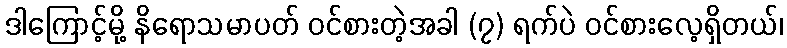
ဒါကြောင့်မို့ နိရောသမာပတ် ဝင်စားတဲ့အခါ (၇) ရက်ပဲ ဝင်စားလေ့ရှိတယ်၊